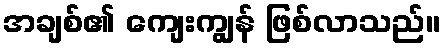
အချစ်၏ ကျေးကျွန် ဖြစ်လာသည်။